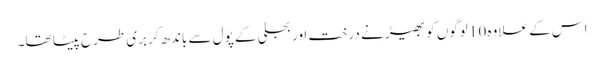
اس کے علاوہ 10 لوگوں کو بھیڑ نے درخت اور بجلی کے پول سے باندھ‌کر بری طرح پیٹا تھا۔